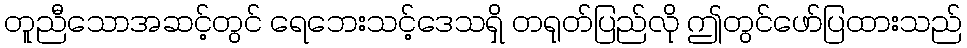
တူညီသောအဆင့်တွင် ရေဘေးသင့်ဒေသရှိ တရုတ်ပြည်လို ဤတွင်ဖော်ပြထားသည်